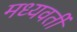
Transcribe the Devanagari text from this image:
मध्‍यवर्ती